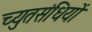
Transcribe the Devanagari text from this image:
च्युतसंधियों